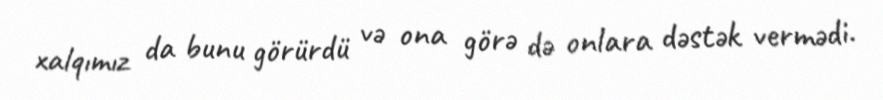
xalqımız da bunu görürdü və ona görə də onlara dəstək vermədi.